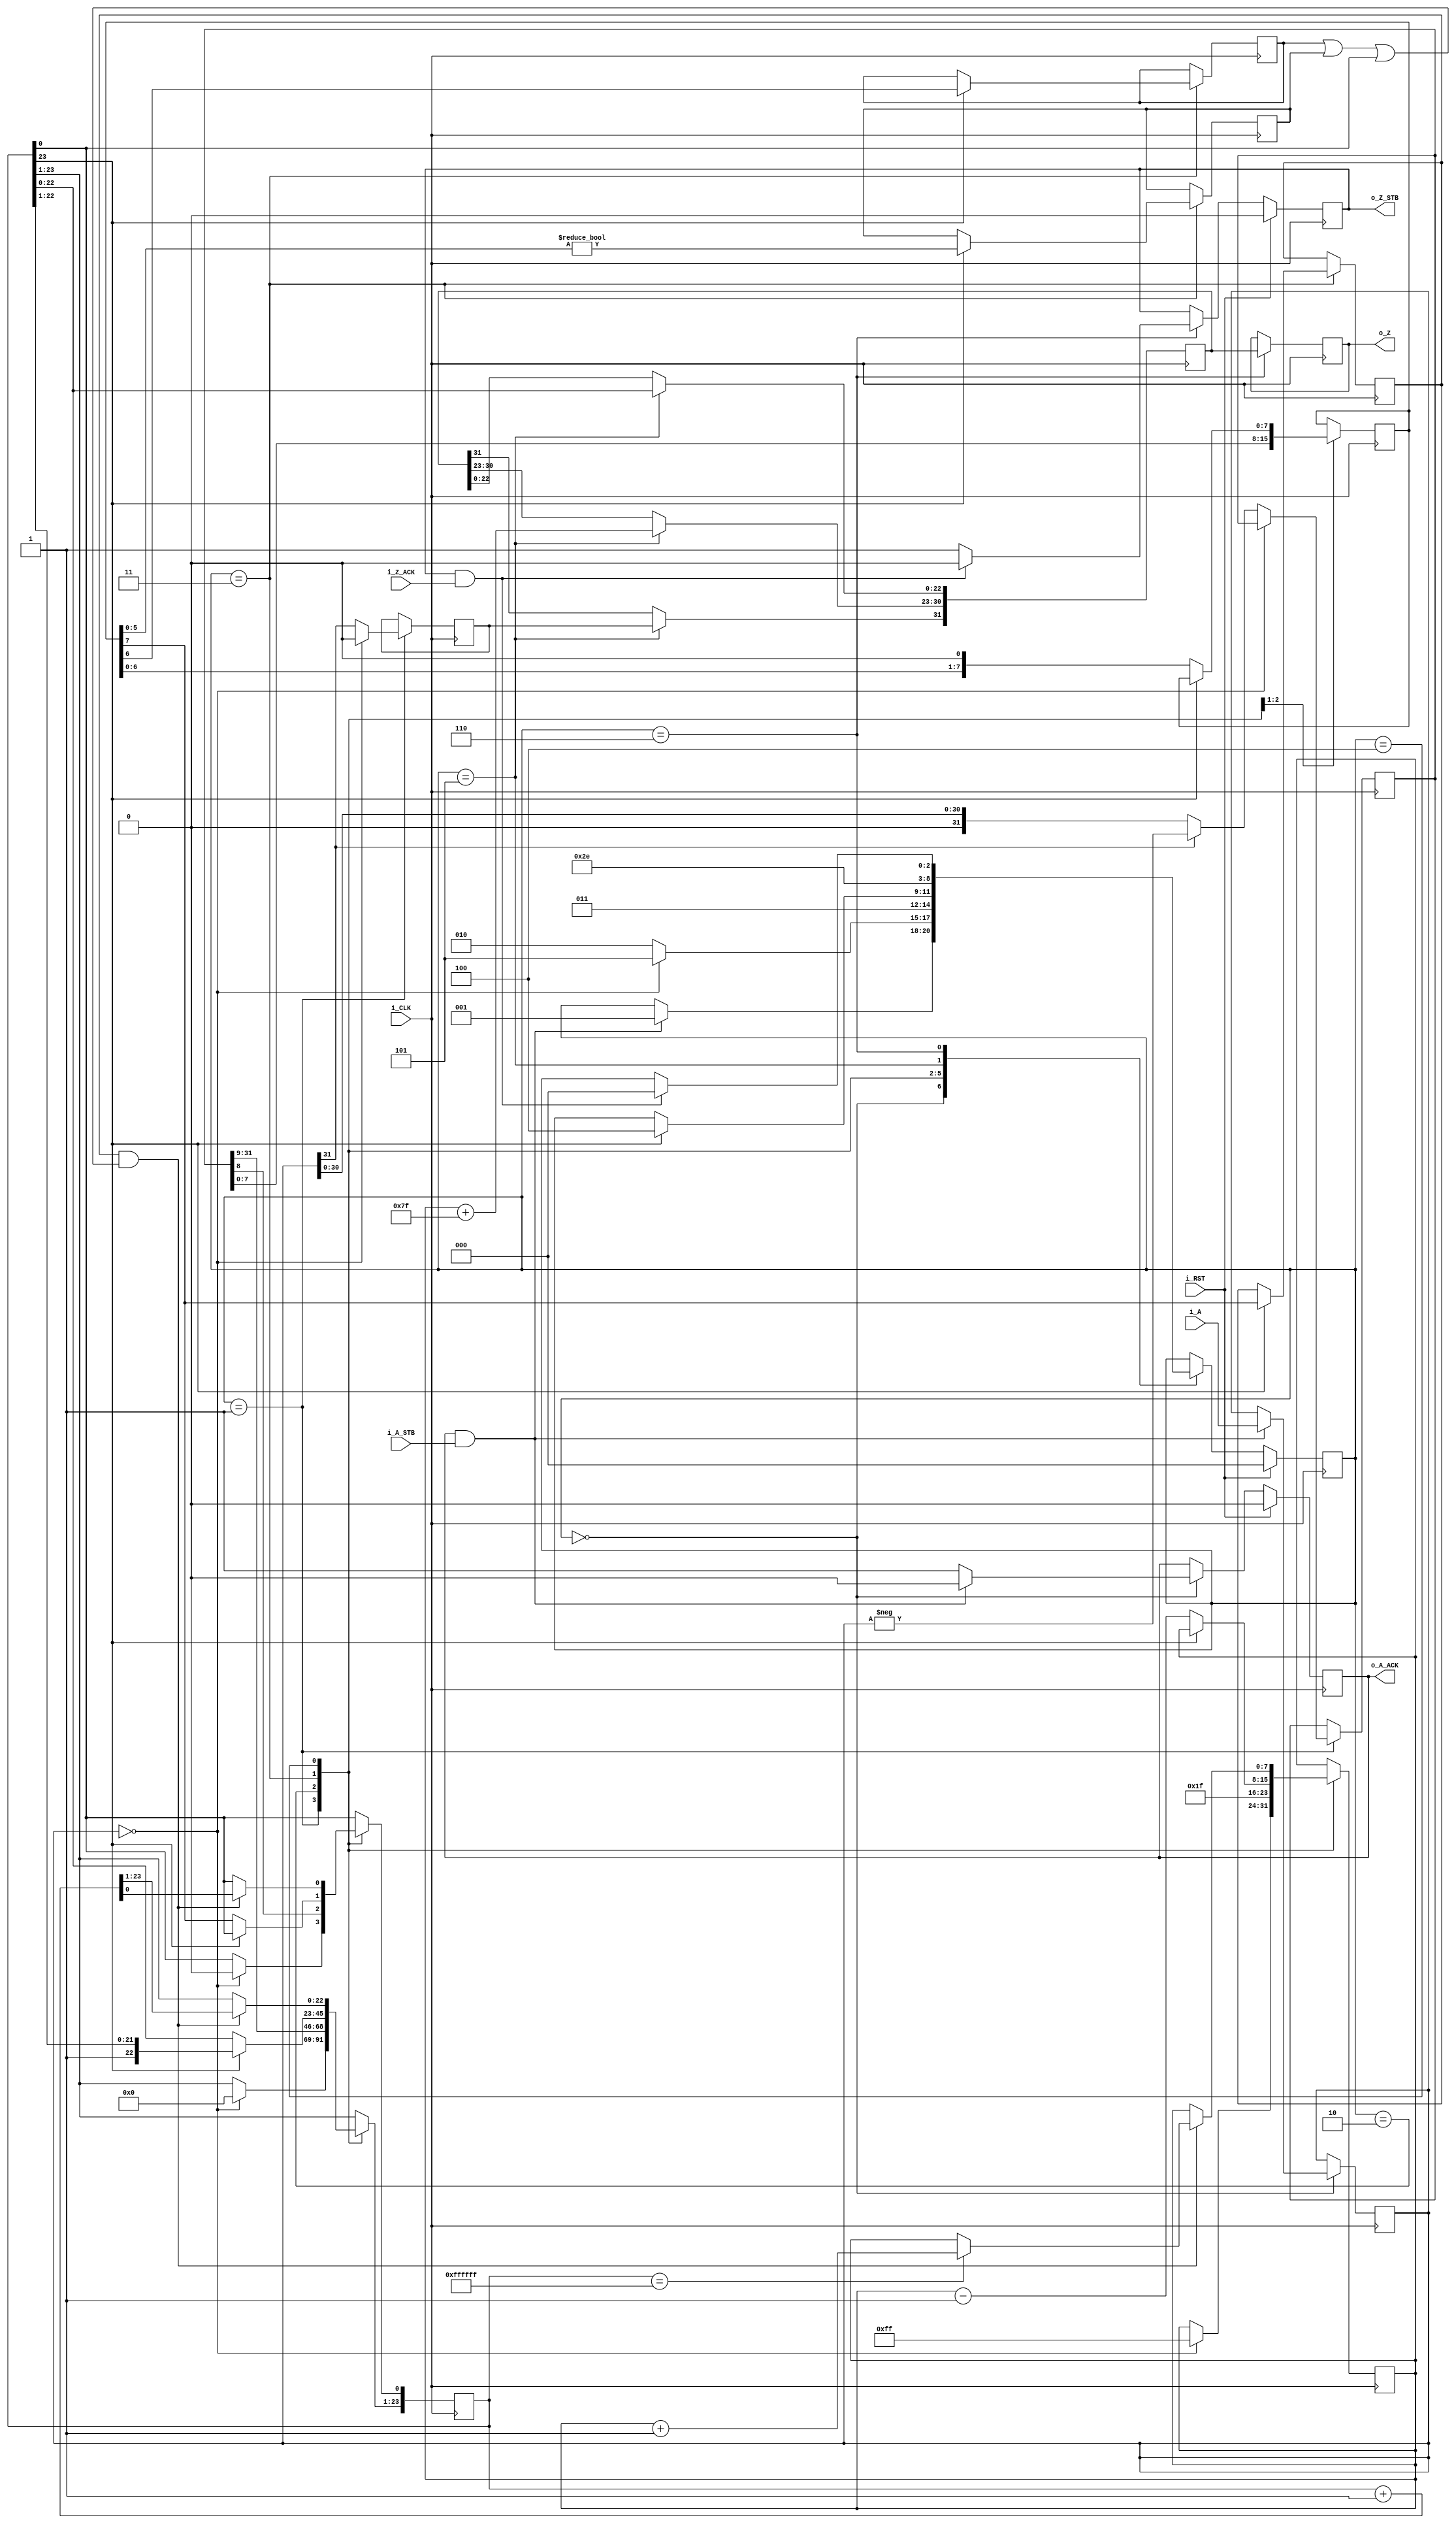
//Integer to IEEE Floating Point Converter (Single Precision)
//Copyright (C) Jonathan P Dawson 2013
//2013-12-12
module converter_i2f(
  input [31:0] i_A, // input a
  input i_A_STB, // input data is valid
  output reg o_A_ACK, // A flag that next calculation is ready
  output reg [31:0] o_Z,  // output data
  output reg o_Z_STB, // Calculation is done, and output data is valid
  input i_Z_ACK, // A flag that external module get data, so, o_Z is going to meaningless
  // it can be used as elongating o_Z_STB High (1)
  input i_CLK, // clock
  input i_RST // reset activate High(1)(synchronous)
  );

  reg       [2:0] state;
  parameter get_a         = 3'd0,
            convert_0     = 3'd1,
            convert_1     = 3'd2,
            convert_2     = 3'd3,
            round         = 3'd4,
            pack          = 3'd5,
            put_z         = 3'd6;

  reg [31:0] a, z, value;
  reg [23:0] z_m;
  reg [7:0] z_r;
  reg [7:0] z_e;
  reg z_s;
  reg guard, round_bit, sticky;
  // sync_set_reset directive does not affect the logical behavior of a design 
  // instead it only impacts the functional implementation of design 
  // this swithch make DC avoid re-synthesizing the design late 
  // synopsys sync_set_reset "i_RST"

  always @(posedge i_CLK)
  begin
    case(state)
      get_a:
      begin
        o_A_ACK <= 1;
        if (o_A_ACK && i_A_STB) begin
          a <= i_A;
          o_A_ACK <= 0;
          state <= convert_0;
        end
      end

      convert_0:
      begin
        if ( a == 0 ) begin
          z_s <= 0;
          z_m <= 0;
          z_e <= 8'hff; // -127
          state <= pack;
        end else begin
          value <= a[31] ? -a : a;
          z_s <= a[31];
          state <= convert_1;
        end
      end

      convert_1:
      begin
        z_e <= 8'd31;
        z_m <= value[31:8];
        z_r <= value[7:0];
        state <= convert_2;
      end

      convert_2:
      begin
        if (!z_m[23]) begin
          z_e <= z_e - 1'b1;
          z_m <= z_m << 1;
          z_m[0] <= z_r[7];
          z_r <= z_r << 1;
        end else begin
          guard <= z_r[7];
          round_bit <= z_r[6];
          sticky <= z_r[5:0] != 0;
          state <= round;
        end
      end

      round:
      begin
        if (guard && (round_bit || sticky || z_m[0])) begin
          z_m <= z_m + 1'b1;
          if (z_m == 24'hffffff) begin
            z_e <=z_e + 1'b1;
          end
        end
        state <= pack;
      end

      pack:
      begin
        z[22 : 0] <= z_m[22:0];
        z[30 : 23] <= z_e + 8'h7f; // 127
        z[31] <= z_s;
        state <= put_z;
      end

      put_z:
      begin
        o_Z_STB <= 1;
        o_Z <= z;
        if (o_Z_STB && i_Z_ACK) begin
          o_Z_STB <= 0;
          state <= get_a;
        end
      end

    endcase

    if (i_RST == 1) begin
      state <= get_a;
      o_A_ACK <= 0;
      o_Z_STB <= 0;
    end

  end
endmodule